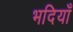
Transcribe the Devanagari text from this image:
भदियाँ